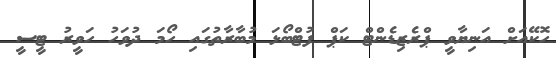
ހޮކޭއަށް އަނިޔާވީ ޕްރެޒިޑެންޓް ކަޕް ފުޓްބޯޅަ މުބާރާތުގައި ހޯމަ ދުވަހު ހަވީރު ޓީސީ